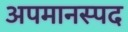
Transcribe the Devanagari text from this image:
अपमानस्पद